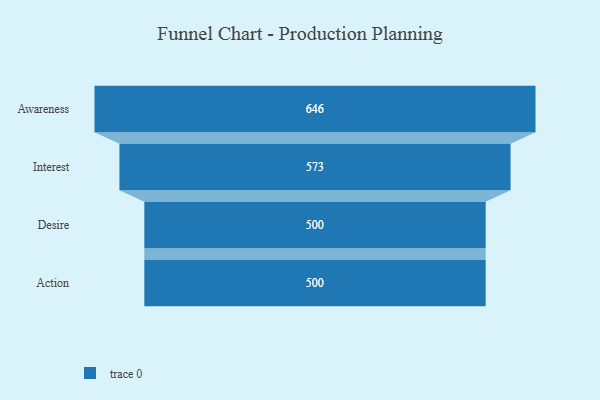
{"axis": {"x": "Stage", "y": "Value"}, "legend": [""], "data": [{"x": "Awareness", "y": 646.0, "type": ""}, {"x": "Interest", "y": 573.0, "type": ""}, {"x": "Desire", "y": 500, "type": ""}, {"x": "Action", "y": 500, "type": ""}]}